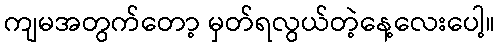
ကျမအတွက်တော့ မှတ်ရလွယ်တဲ့နေ့လေးပေါ့။